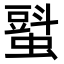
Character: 𧐵